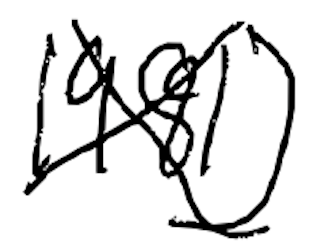
Text: 1981)
Cross-out: mix
Writing tool: digital_black